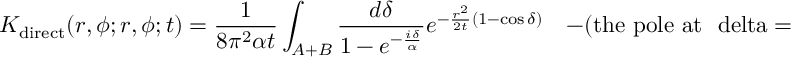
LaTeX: K _ { \mathrm { d i r e c t } } ( r , \phi ; r , \phi ; t ) = { \frac { 1 } { 8 \pi ^ { 2 } \alpha t } } \int _ { A + B } { \frac { d \delta } { 1 - e ^ { - { \frac { i \delta } { \alpha } } } } } e ^ { - { \frac { r ^ { 2 } } { 2 t } } ( 1 - \cos \delta ) } \quad - ( \mathrm { t h e ~ p o l e ~ a t ~ \ d e l t a = 0 ~ } )